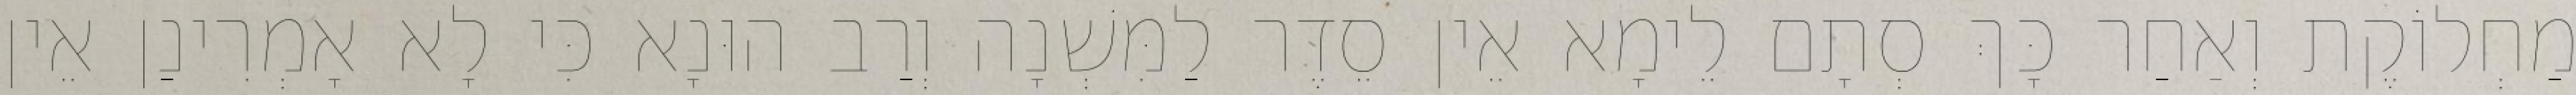
מַחְלוֹקֶת וְאַחַר כָּךְ סְתָם לֵימָא אֵין סֵדֶר לַמִּשְׁנָה וְרַב הוּנָא כִּי לָא אָמְרִינַן אֵין